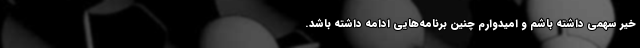
خیر سهمی داشته باشم و امیدوارم چنین برنامه‌هایی ادامه داشته باشد.